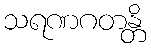
သရဏဂတန္တိ